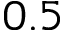
0 . 5